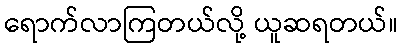
ရောက်လာကြတယ်လို့ ယူဆရတယ်။